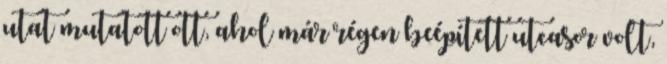
utat mutatott ott, ahol már régen beépített utcasor volt,